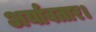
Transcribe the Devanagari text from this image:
अर्यावतार।